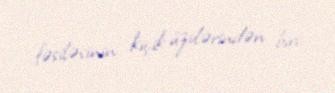
fəsiləsinin kiçik üzvlərindən biri.